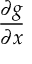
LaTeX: \frac { \partial g } { \partial x }